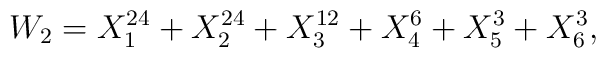
W_{2} = X_{1}^{24} +X_{2}^{24} +X_{3}^{12} +X_{4}^{6} +X_{5}^{3} +X_{6}^{3},